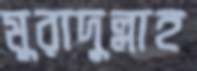
মুরাদুল্লাহ